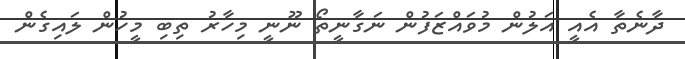
ދާނެތާ އެއީ އަލުން މުވަައްޒަފުން ނަގާނީތޯ ނޫނީ މިހާރު ތިބި މީހުން ލައިގެން